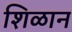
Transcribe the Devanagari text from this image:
शिळान